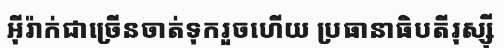
អ៊ីរ៉ាក់ជាច្រើនចាត់ទុករួចហើយ ប្រធានាធិបតីរុស្ស៊ី